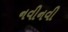
નવીનવી